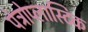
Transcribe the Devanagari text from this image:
पेट्रोप्लास्टिक